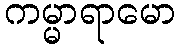
ကမ္မာရာမော